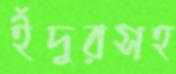
ইঁদুরসহ